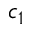
c _ { 1 }